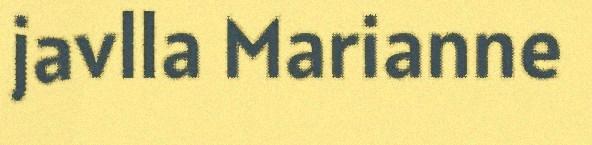
javlla Marianne